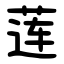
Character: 莲